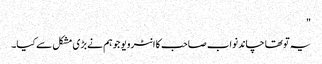
"
یہ تو تھا چاند نواب صاحب کا انٹرویو جو ہم نے بڑی مشکل سے کیا۔